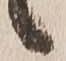
候